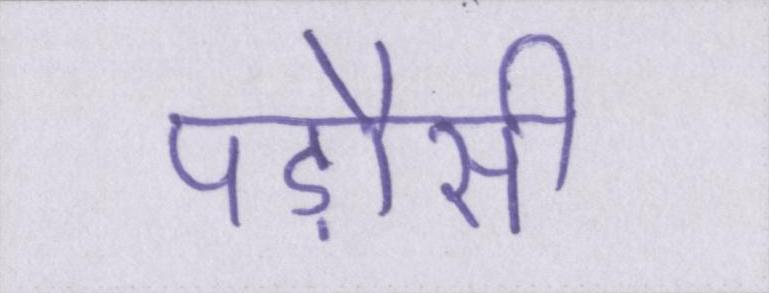
पड़ौसी